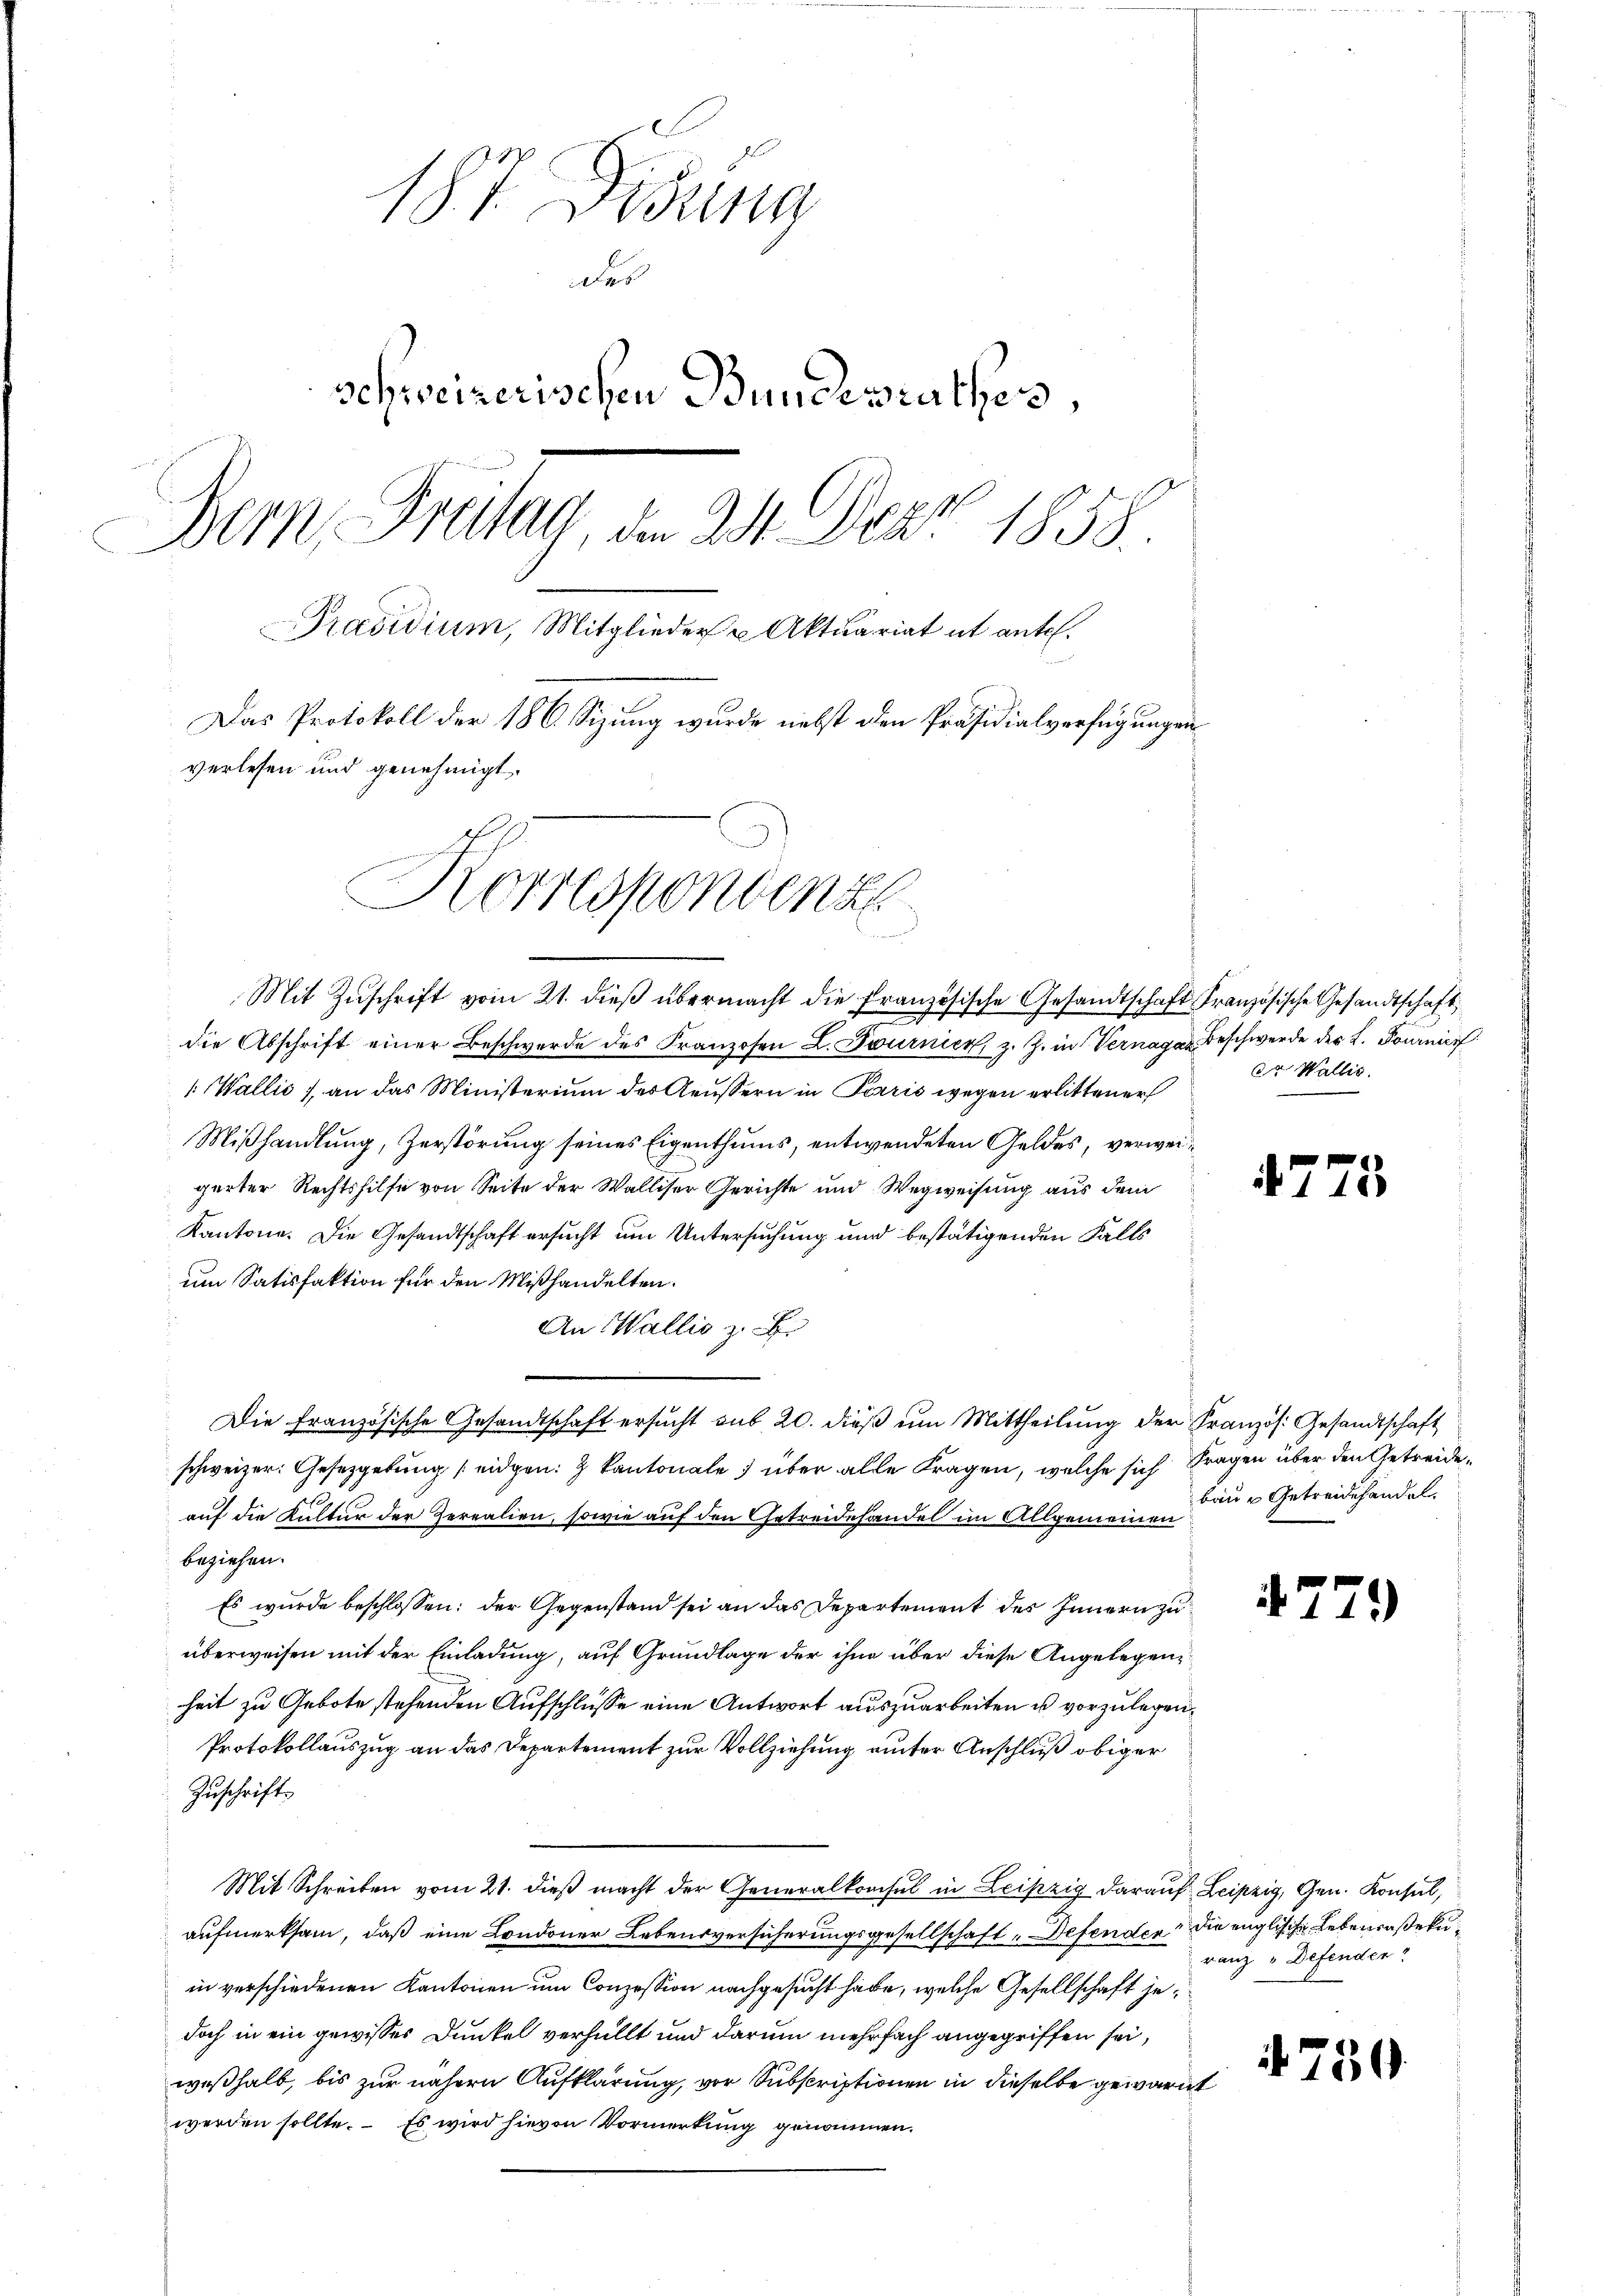
187. Desung
des
schweizerischen Bundesrathes,
Bern Freitag, d. 24. Der 1858.
Präsidium, Mitglieder u Aktuariat it entl.
Das Protokoll der 186 Sizung wurde nebst den Präsidialverfügungen
verlesen und genehmigt.
Korrespondenz

¬
Mit Zŭschrift vom 21. dieß übermacht die Französische Gesandtschaft Französische Gesandtschaft
die Abschrift einer Beschwerde des Franzosen L. Tournier, z. Z. in Vernage Beschwerde der L. Pournir
 Wallić) an das Ministerium des Aeussern in Perić wegen erlittener
Mißhandlung, Zerstörung seines Eigenthums, entwendeten Geldes, verweigerter Rechtshilfe von Seite der Walliser Gerichte und Wegweisung aus dem
Kantone. Die Gesandtschaft ersucht um Untersuchung und bestätigenden Falls
um Satisfaktion für den Mißhandelten.
An Wallis z. B.
Die Französische Gesandtschaft ersucht sub 20. dieß um Mittheilung der Französ. Gesandtschaft
schweizer. Gesetzgebung eidgen: 2 Kantonale) über alle Fragen, welche sich Fragen über den Getreideauf die Kultur der Zerealien, sowie auf den Getreidehandel im Allgemeinen der Getreidehandel.
beziehen.
Es wurde beschlossen: der Gegenstand sei an das Departement des Innern zu
überweisen mit der Einladung, auf Grundlage der ihn über diese Angelegen
heit zu Gebote stehenden Aufschlüsse eine Antwort auszuarbeiten u. vorzulegen,
Protokollauszug an das Departement zur Vollziehung unter Anschluß obiger
Zuschrift
Mit Schreiben vom 21. dieß macht der Generalkonsul in Leipzig darauf Leipzig, Gen. Konsul,
aufmerksam, daß eine Londoner Lebensversicherungsgesellschaft "Defenden die englische Lebenrasekuin verschiedenen Kantonen um Conzession nachgesucht habe, welche Gesellschaft jedoch in ein gewisser Dunkel verhüllt und darum mehrfach angegriffen sei,
weßhalb, bis zur nähern Aufklärung, vor Subscriptionen in dieselbe gewarnt
werden sollte. – Es wird hievon Vormerkung genommen.

er Wallis.

4775

4779)

ranz v Defender

750